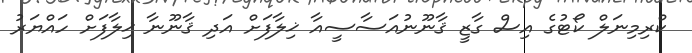
ކްރިމިނަލް ކޯޓުގެ އިސް ގާޒީ ޤާނޫނުއަސާސީއާ ޚިލާފަށް އަދި ޤާނޫނާ ޚިލާފަށް ހައްޔަރު